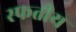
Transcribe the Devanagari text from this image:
स्फतीय